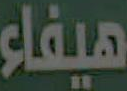
هيفاء